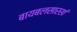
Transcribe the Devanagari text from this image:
बायबलसारखं